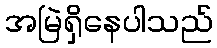
အမြဲရှိနေပါသည်